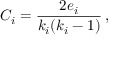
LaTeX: C _ { i } = { \frac { 2 e _ { i } } { k _ { i } { ( k _ { i } - 1 ) } } } \, ,